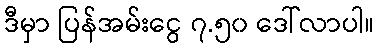
ဒီမှာ ပြန်အမ်းငွေ ၇.၅၀ ဒေါ်လာပါ။